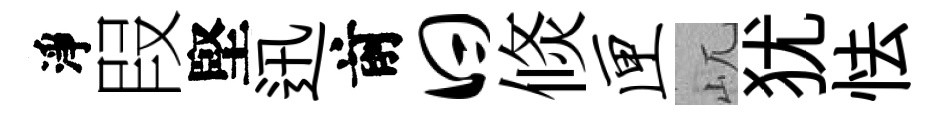
淨叚堅迅前曰倐匣屼犹怯